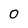
Character: 0